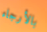
بالأرجاء